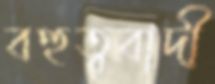
বহুত্ববাদী